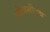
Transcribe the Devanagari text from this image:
चोविशीतच